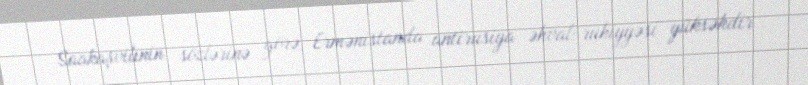
Saakaşvilinin sözlərinə görə, Ermənistanda antirusiya əhval-ruhiyyəsi yüksəkdir